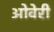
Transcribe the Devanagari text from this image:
ओवेरी